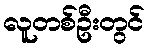
လူတစ်ဦးတွင်